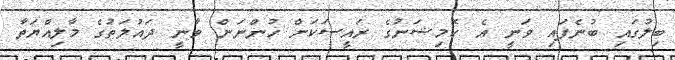
ބިލުގައި ބުނެފައި ވަނީ އެ ކޮމިޝަނުގެ ރައީސަކަށް ހުންނަން ވާނީ ދައުލަތުގެ މާލިއްޔަތާ